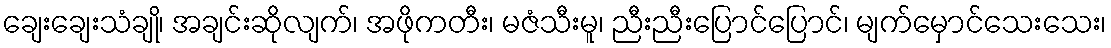
ချေးချေးသံချို၊ အချင်းဆိုလျက်၊ အဖိုကတီး၊ မဇံသီးမူ၊ ညီးညီးပြောင်ပြောင်၊ မျက်မှောင်သေးသေး၊